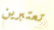
تعتبرين